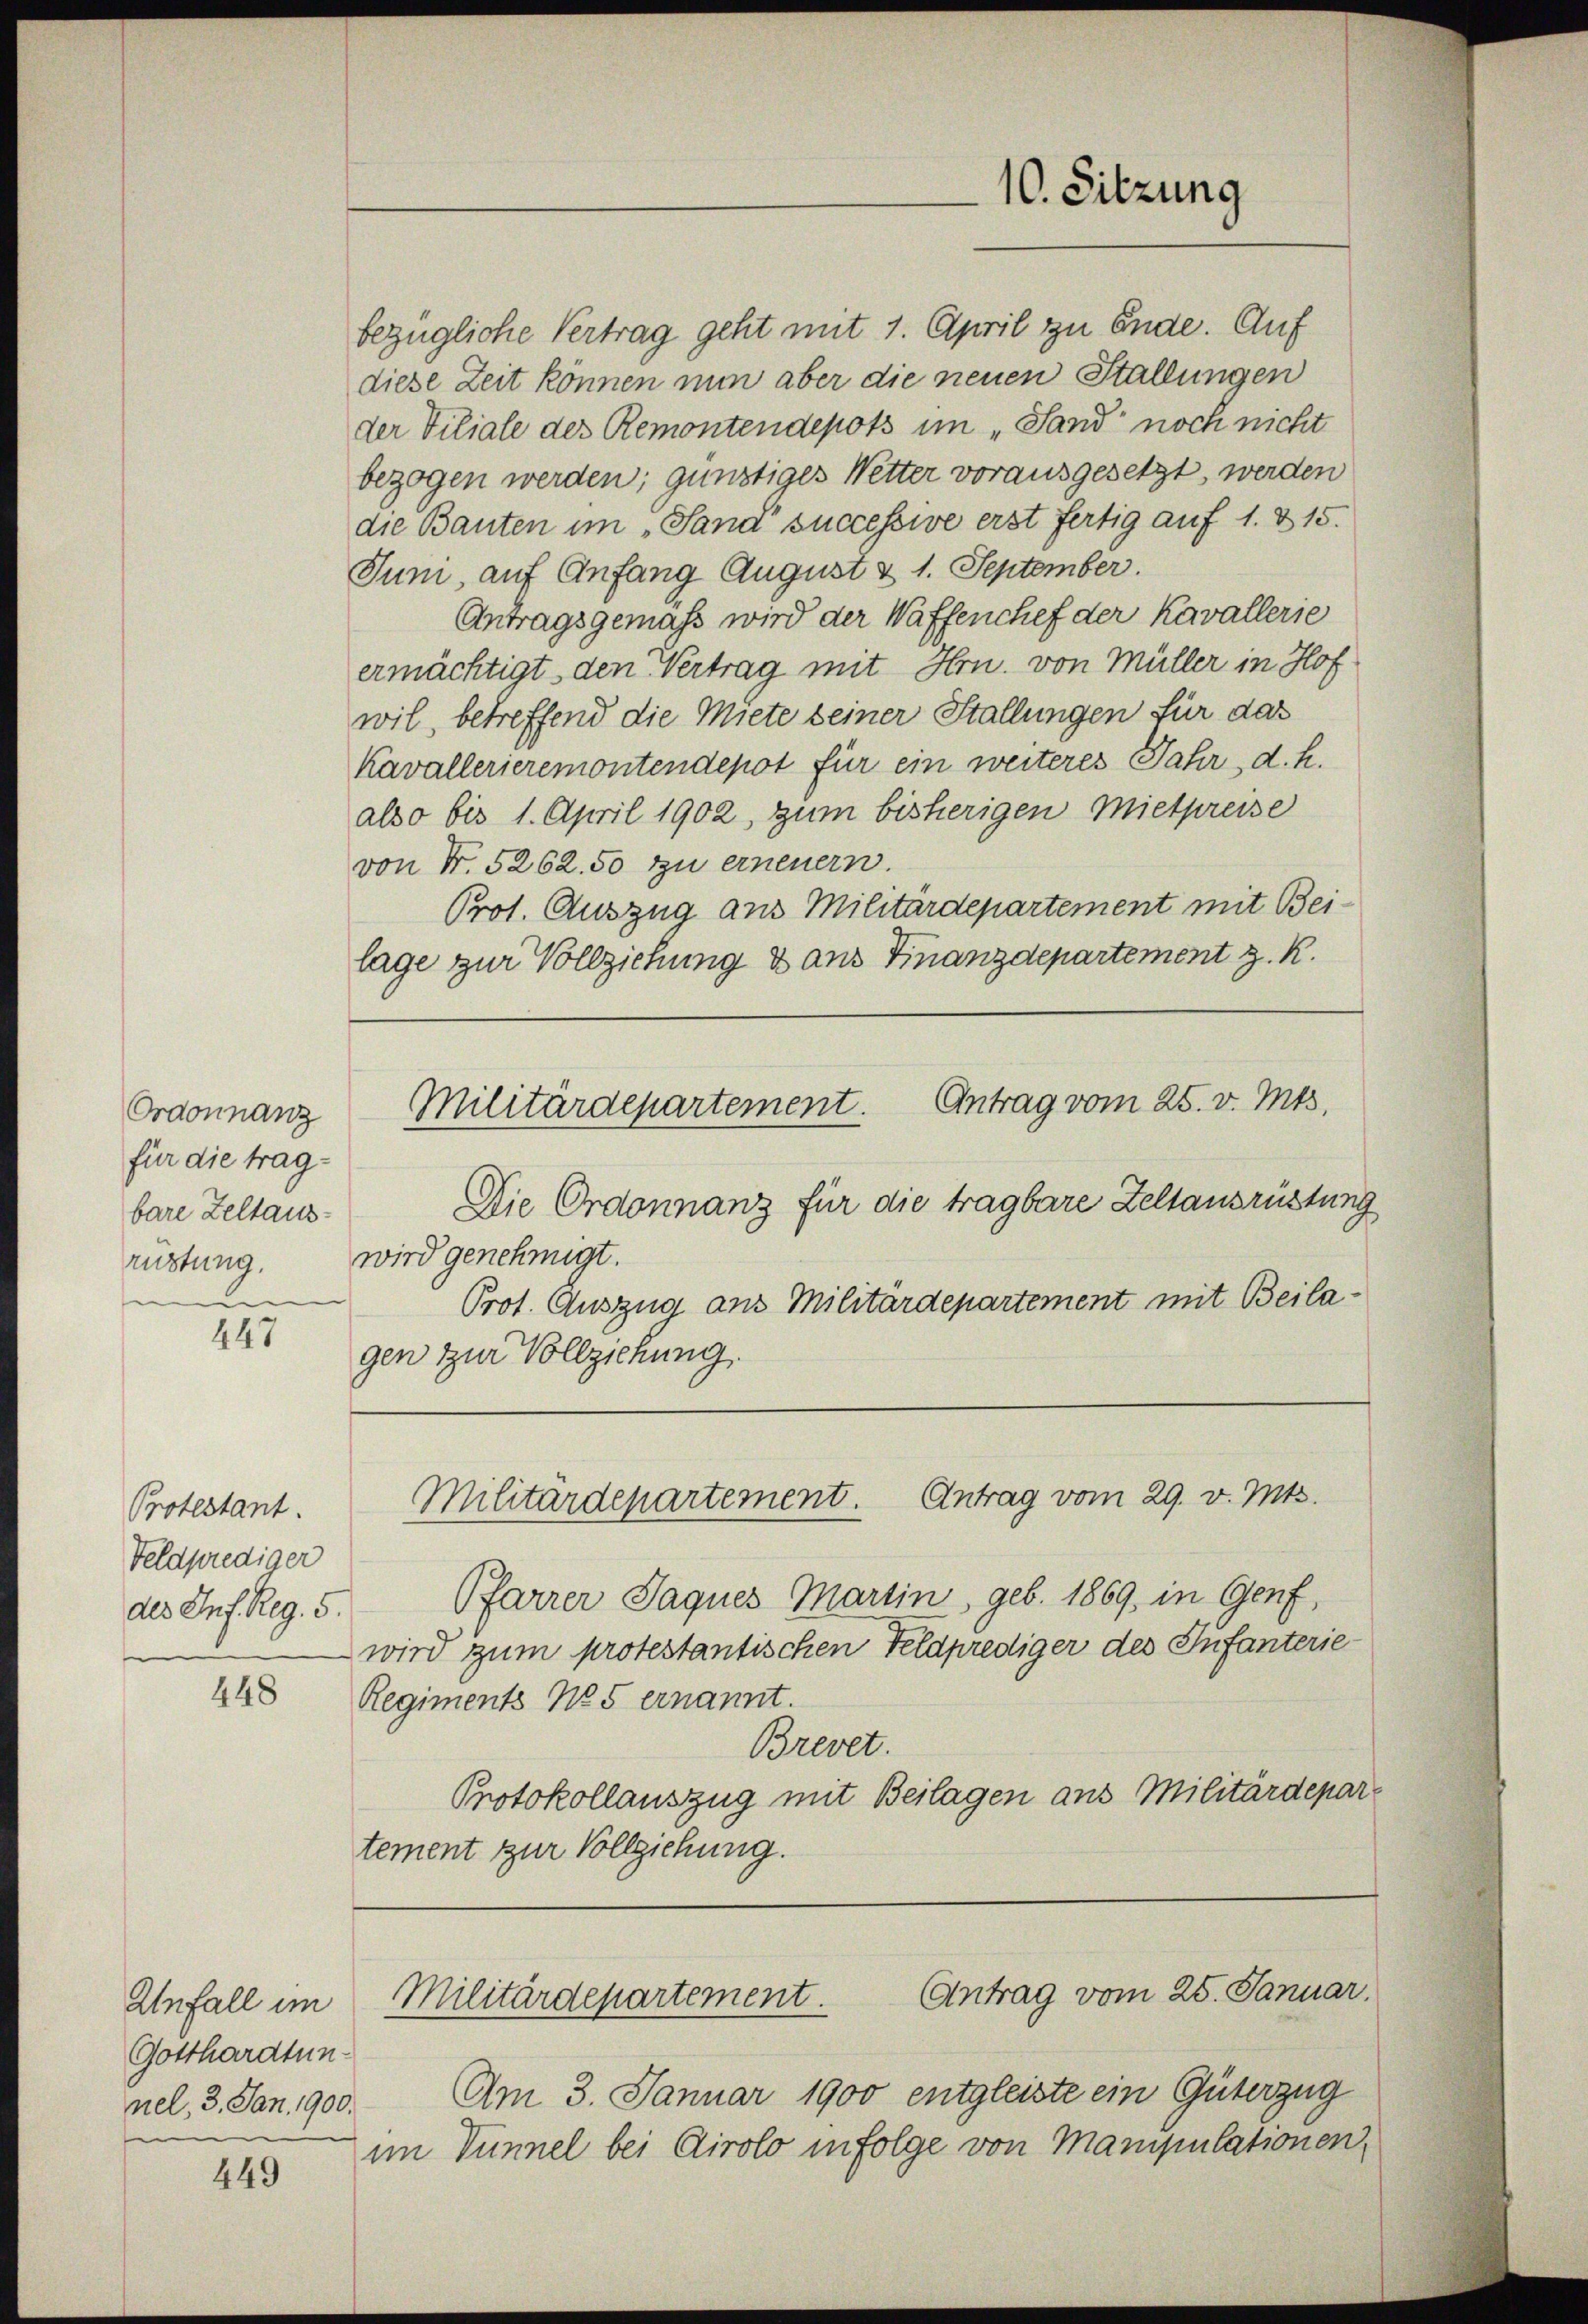
Ordonnanz
für die tragbare Zeltausrüstung.

447

Protestant.
Feldprediger
des Inf. Reg. 5.

448

Unfall im
Gotthardtunnel, 3. Jan. 1900.

449

bezügliche Vertrag geht mit 1. April zu Ende. Auf
diese Zeit können nun aber die neuen Stallungen
der Viliale des Remontendepots im „Sand noch nicht
bezogen werden; günstiges Wetter vorausgesetzt, werden
die Bauten im „Sand successive erst fertig auf 1. & 15.
Juni, auf Anfang August & 1. September.
Antragsgemäss wird der Waffenchef der Kavallerie
ermächtigt, den Vertrag mit Hrn. von Müller in Hof
wil, betreffend die Miete seiner Stallungen für das
Kavallerieremontendepot für ein weiteres Jahr d. h.
also bis 1. April 1902, zum bisherigen Mietpreise
von Nr. 5262. 50 zu erneuern.
Prot. Auszug aus Militärdepartement mit Bei-
lage zur Vollziehung & aus Finanzdepartement z. R.

10. Sitzung

Antrag vom 25. v. Mts.
Militärdepartement.

Die Ordonnanz für die tragbare Zeltansrüstung
wird genehmigt.
Prot. Auszug aus Militärdepartement mit Beilagen zur Vollziehung.
Militärdepartement. Antrag vom 29. v. Mts.
Pfarrer Jaques Martin, geb. 1869, in Genf,
wird zum protestantischen Feldprediger des Infanterie
Regiments No 5 ernannt.
Brevet.
Protokollauszug mit Beilagen aus Militärdepartement zur Vollziehung.

Am 3. Januar 1900 entgleiste ein Güterzug
im Tunnel bei Airolo infolge von Manipulationen,

Antrag vom 25. Januar.
Militärdepartement.